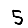
Digit: 5